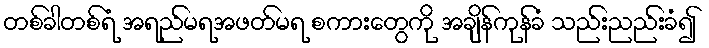
တစ်ခါတစ်ရံ အရည်မရအဖတ်မရ စကားတွေကို အချိန်ကုန်ခံ သည်းညည်းခံ၍